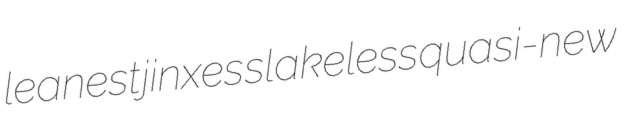
leanest jinxes slakeless quasi-new